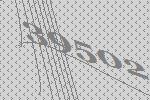
39502